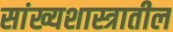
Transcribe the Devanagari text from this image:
सांख्यशास्त्रातील